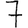
Digit: 7